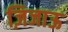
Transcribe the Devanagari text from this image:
ज़िजाऊ